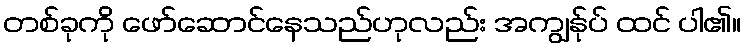
တစ်ခုကို ဖော်ဆောင်နေသည်ဟုလည်း အကျွန်ုပ် ထင် ပါ၏။